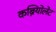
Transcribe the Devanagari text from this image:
कब्रियोलेट